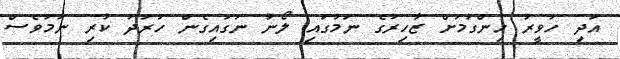
އަދި ހަވީރު ހިންގުމަށް ޒާހިރުގެ ނަމުގައި ލޯނު ނަގައިގެން ހަރަދު ކުރި ނަމަވެސް